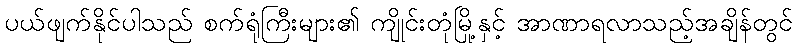
ပယ်ဖျက်နိုင်ပါသည် စက်ရုံကြီးများ၏ ကျိုင်းတုံမြို့နှင့် အာဏာရလာသည့်အချိန်တွင်